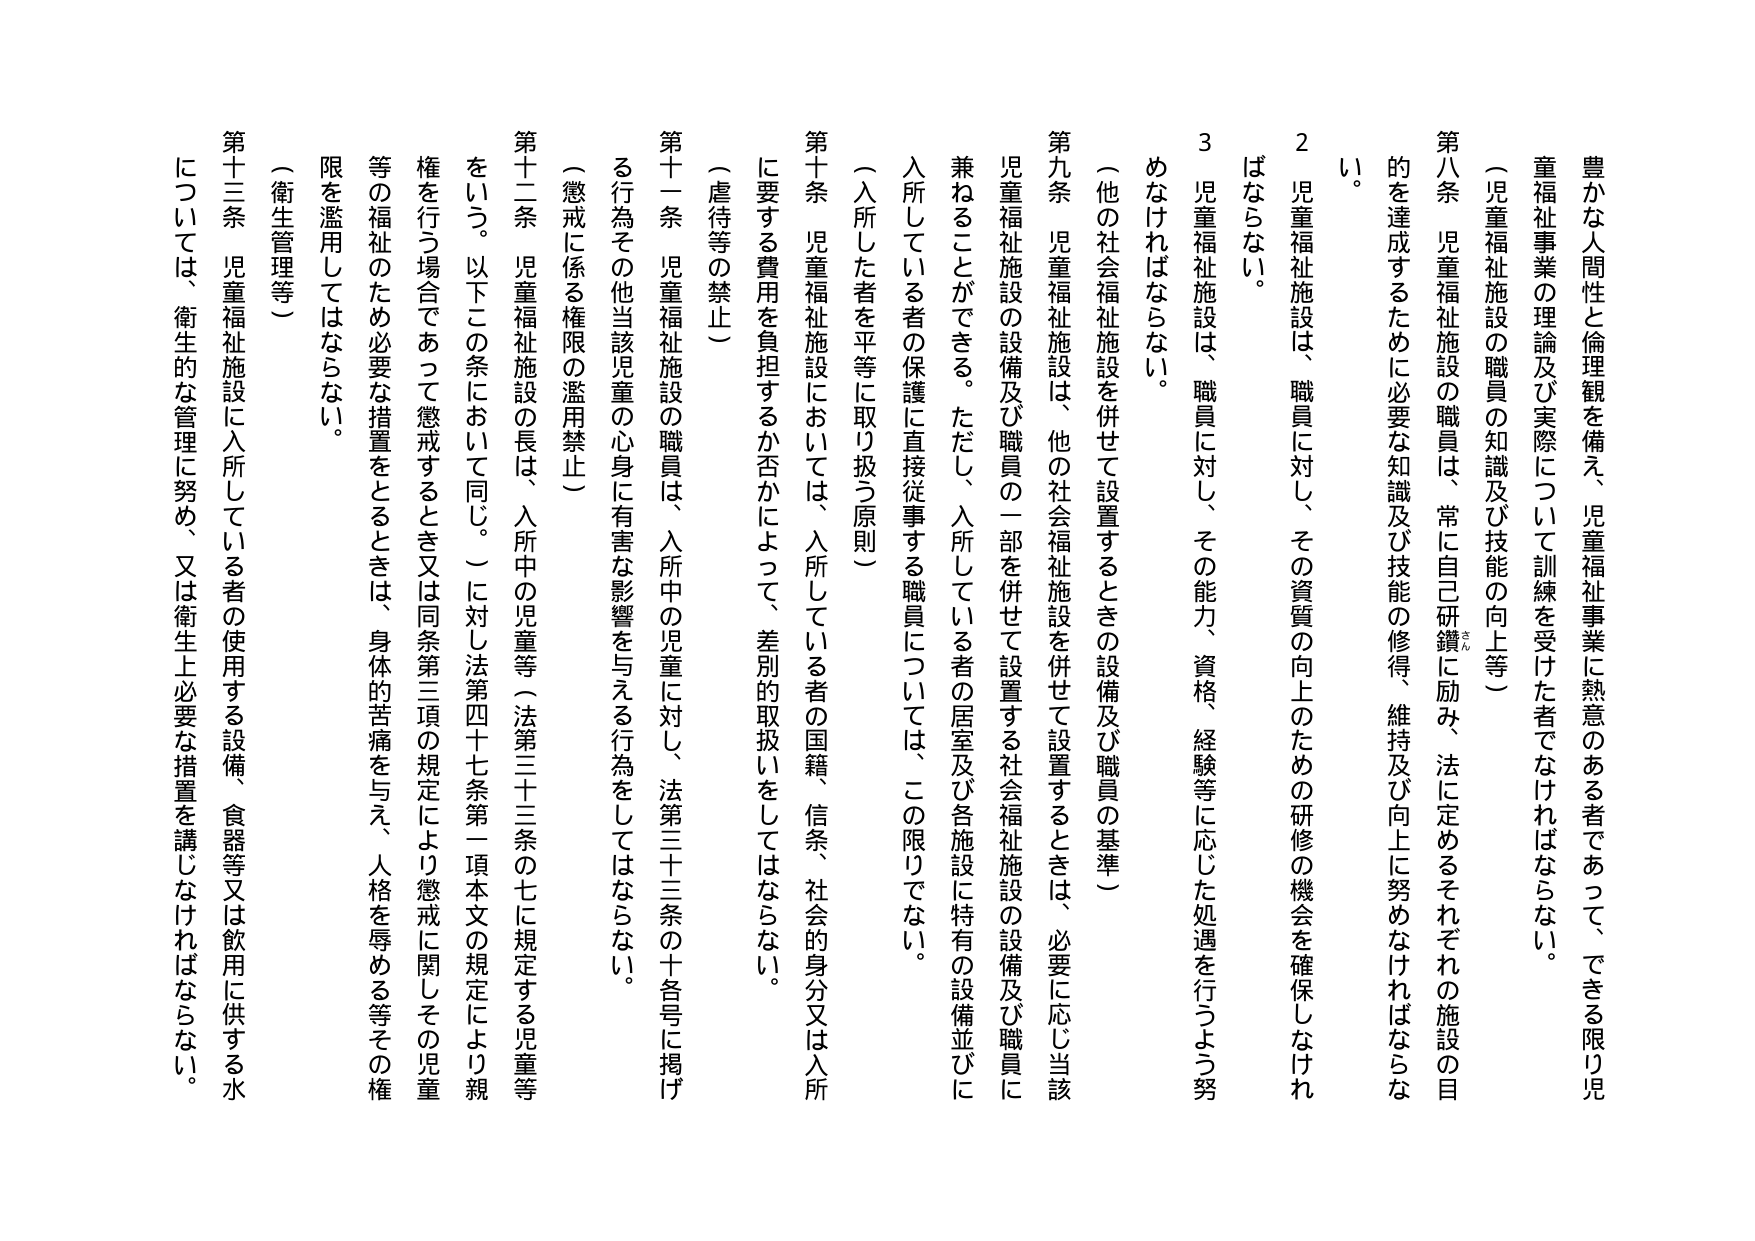
豊かな人間性と倫理観を備え、児童福祉事業に熱意のある者であって、できる限り児童福祉事業の理論及び実際について訓練を受けた者でなければならない。

（児童福祉施設の職員の知識及び技能の向上等）

第八条 児童福祉施設の職員は、常に自己研鑽に励み、法に定めるそれぞれの施設の目的を達成するために必要な知識及び技能の修得、維持及び向上に努めなければならない。

2 児童福祉施設は、職員に対し、その資質の向上のための研修の機会を確保しなければならない。

3 児童福祉施設は、職員に対し、その能力、資格、経験等に応じた処遇を行うよう努めなければならない。

（他の社会福祉施設を併せて設置するときの設備及び職員の基準）

第九条 児童福祉施設は、他の社会福祉施設を併せて設置するときは、必要に応じ当該児童福祉施設の設備及び職員の一部を併せて設置する社会福祉施設の設備及び職員に兼ねることができる。ただし、入所している者の居室及び各施設に特有の設備並びに入所している者の保護に直接従事する職員については、この限りでない。

（入所した者を平等に取り扱う原則）

第十条 児童福祉施設においては、入所している者の国籍、信条、社会的身分又は入所に要する費用を負担するか否かによって、差別的取扱いをしてはならない。

（虐待等の禁止）

第十一条 児童福祉施設の職員は、入所中の児童に対し、法第三十三条の十各号に掲げる行為その他当該児童の心身に有害な影響を与える行為をしてはならない。

（懲戒に係る権限の濫用禁止）

第十二条 児童福祉施設の長は、入所中の児童等（法第三十三条の七に規定する児童等をいう。以下この条において同じ。）に対し法第四十七条第一項本文の規定により親権を行う場合であって懲戒するとき又は同条第三項の規定により懲戒に関しその児童等の福祉のため必要な措置をとるときは、身体的苦痛を与え、人格を辱める等その権限を濫用してはならない。

（衛生管理等）

第十三条 児童福祉施設に入所している者の使用する設備、食器等又は飲用に供する水については、衛生的な管理に努め、又は衛生上必要な措置を講じなければならない。